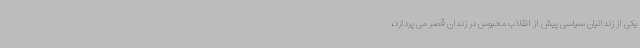
یکی از زندانیان سیاسی پیش از انقلاب محبوس در زندان قصر می پردازد،